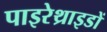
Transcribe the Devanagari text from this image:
पाइरेथ्राइडों